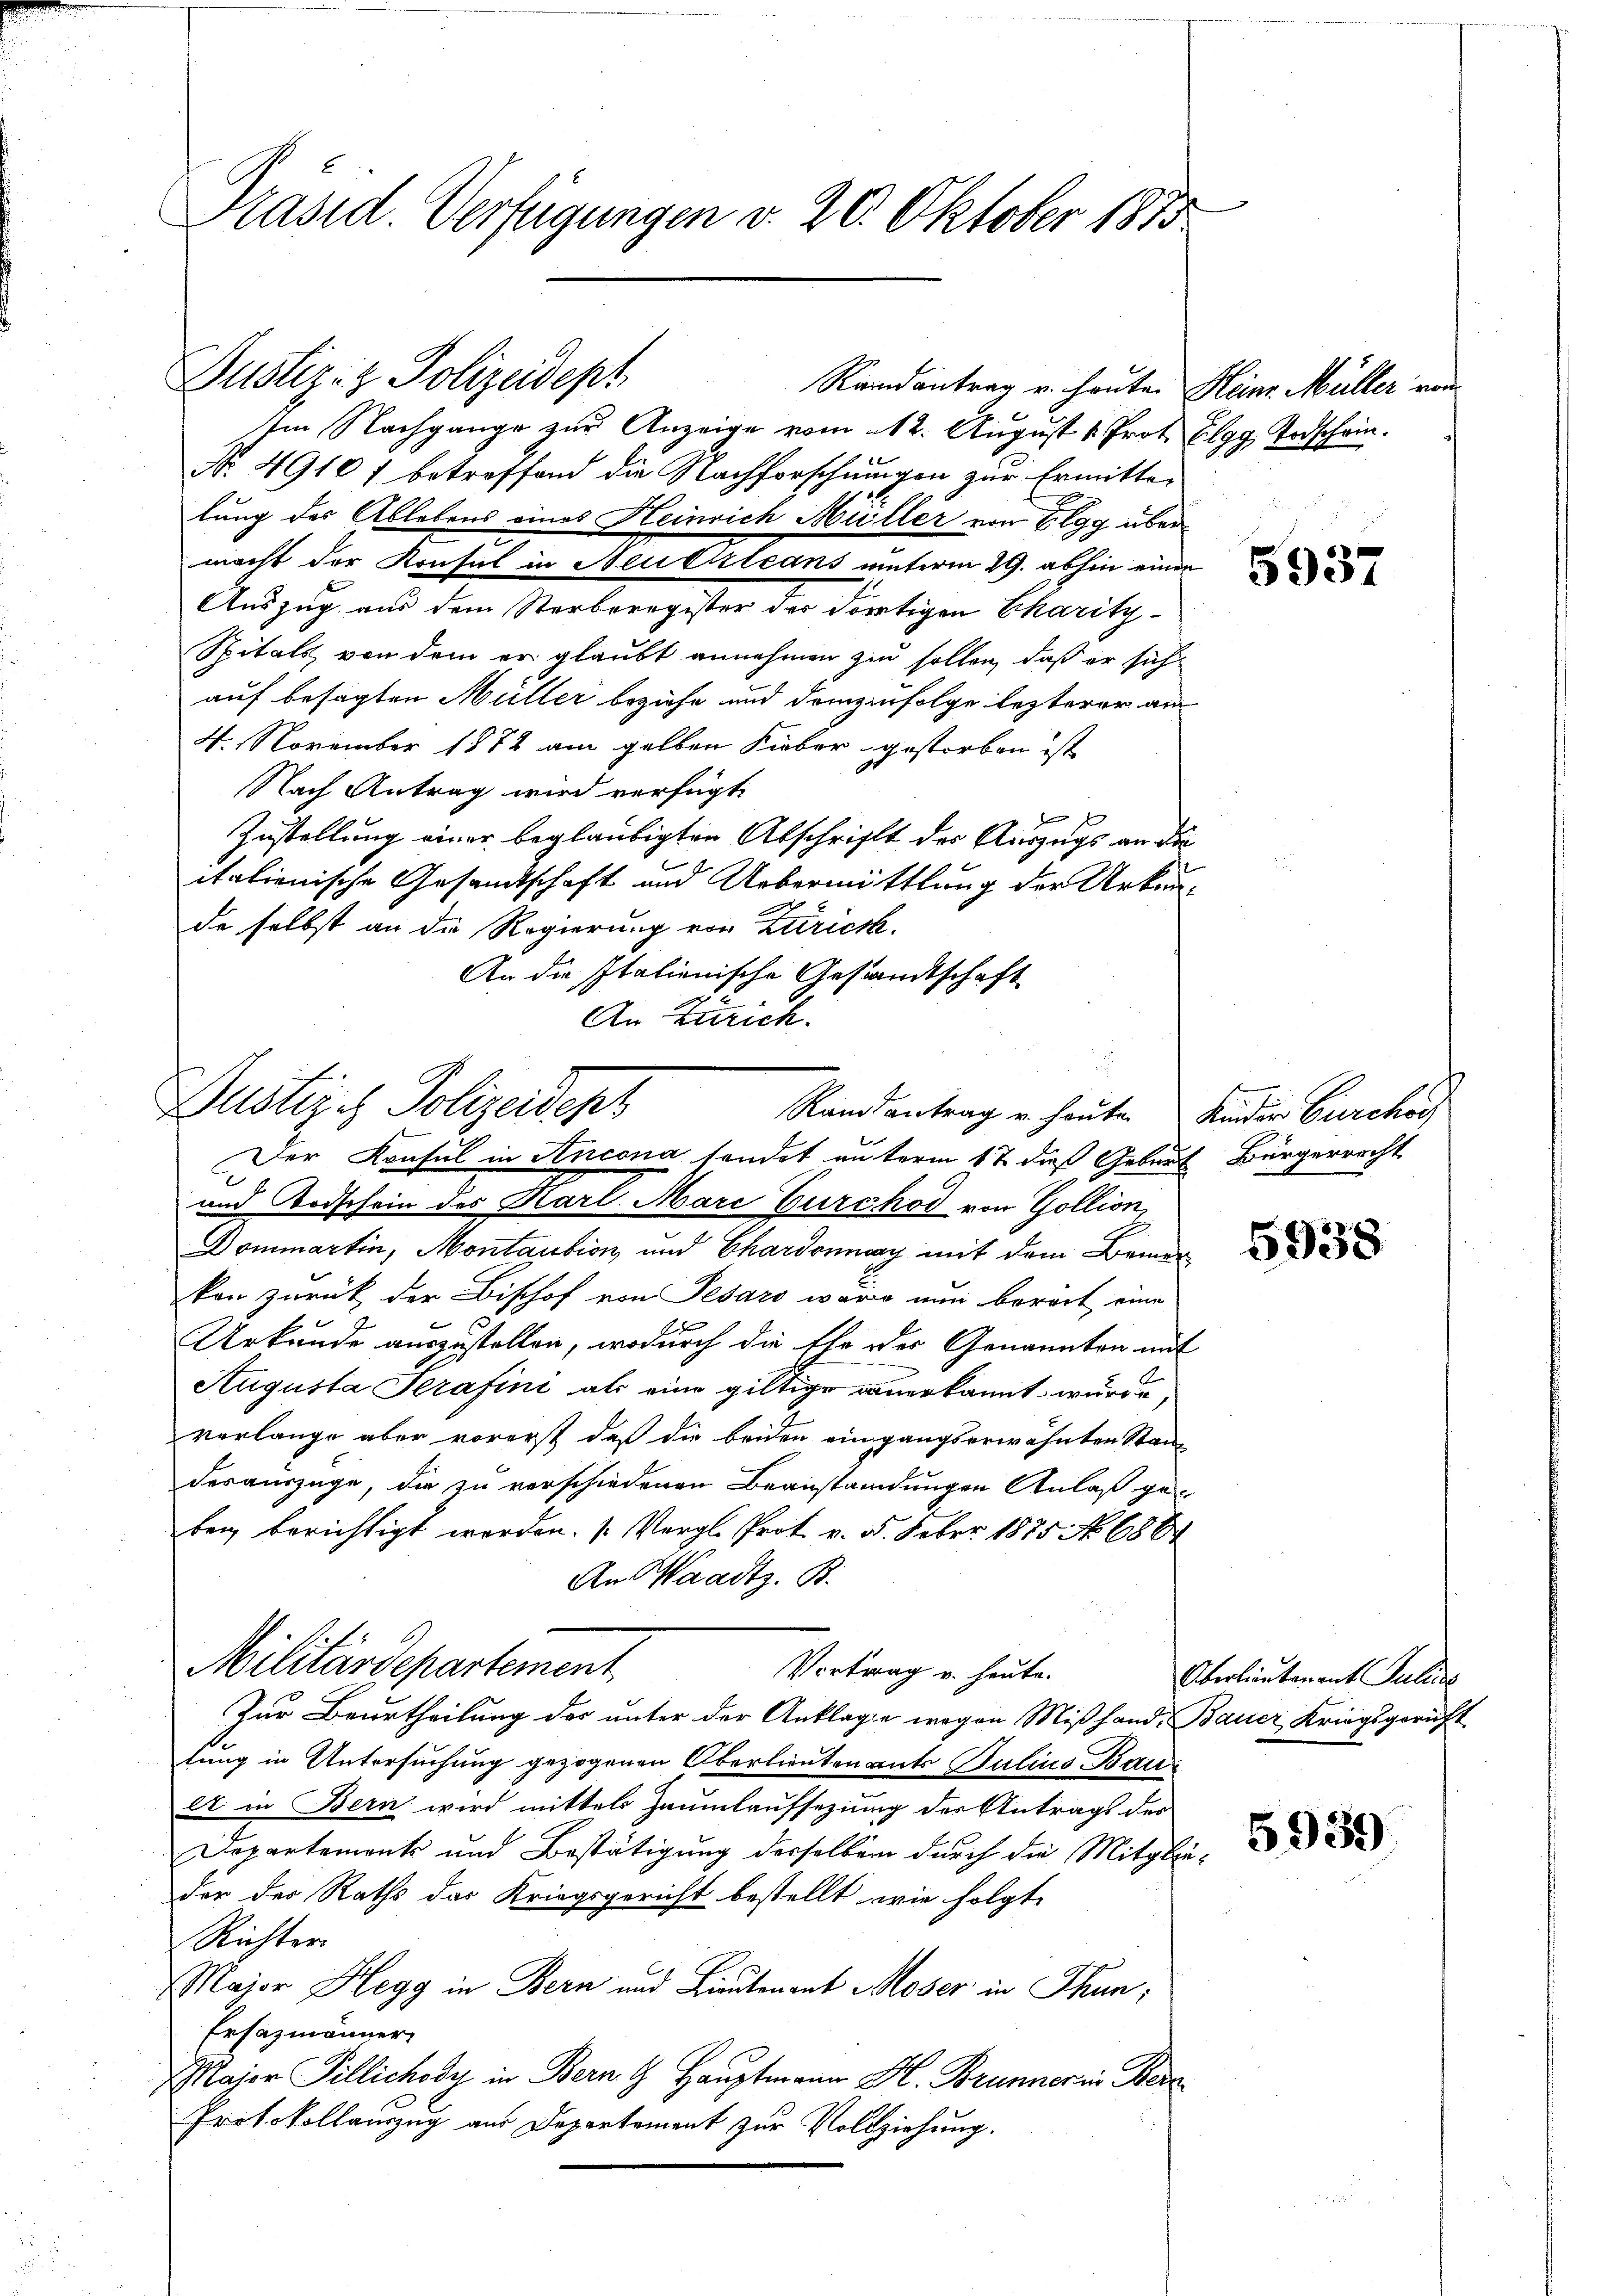
Präsid. Verfügungen v. 20. Oktober 1813

Justiz- & Polizeidept

Im Nachgange zur Anzeige vom 12. August 1. Prof. Elgg, Todschein.
No. 4910 f betreffend die Nachforschungen zur Ermitte
lung des Ablebens eines Heinrich Müller von Elgg über
Auszug aus dem Sterberegister der dortigen Charity-
Spitals von dem er glaubt annehmen zu sollen, daß er sich
auf besagten Müller beziehe und deinzinfolge lezterer am
4. November 1872 am gelben Fieber gestorben ist
Nach Antrag wird verfügt

Zustellung einer beglaubigten Abschrifft der Auszugs an die
italienische Gesandtschaft und Uebermittlung der Urkunde selbst an die Regierung von Zürich.
An die Italienische Gesandtschaft
An Zürich.

Dustiz & Polizeidept
Randantrag u. heute Kinder Bürcher
Der Konsul in Ancona sondet unterm 17 dieß Geburt Bürgerrecht
und Todschein des Karl Mare Burchod von Gollion,

Militärdepartement

macht der Konsul in Neuestians unterm 29. abhin einen

Randantrag u. heute. Heine Müller von

Dommartin, Montaution und Chardonnay mit dem Bemer
kon zurück der Bischof von Pesaro wäre nun bereit eine
x
Urkunde auszustellen, wodurch die Ehe oder Genannten mit
Augusta Serafini als eine giltige anerkannt wurde,
verlange aber vorerst daß die beiden eingangserwähnten Stand
desauszüge, die zu verschiedenen Beanstandungen Anlaß gebey berichtigt werden. (Vergl. Prot. v. 5. Feber 1875 No 686
An Waadtz. B.
Vortrag u. heute.
Zur Beurtheilung der unter der Anklage wegen Mißhand. Bauer Kriegsgericht
fung in Untersuchung gezogenen Oberlieutenants Julius Bauet in Bern wird mittels Haumlaufsezung des Antrags des
Departements und Bestätigung derselben durch die Mitglieder der Raths das Kriegsgericht bestellt wie folgte
Richter
Major Hegg in Bern und Lieutenant Moser in Thun,
Ersazmänner
Major Tillichody in Bern 4 Hauptmann H. Brunner in Bere
Protokollanzug aus Departement zur Vollziehung.

5937

5938

Oberlautenant Sulei

5939